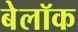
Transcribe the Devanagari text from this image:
बेलॉक